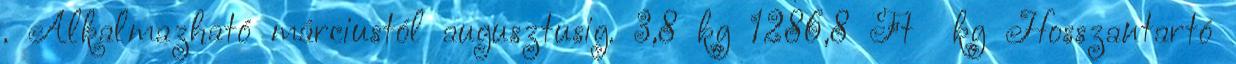
. Alkalmazható márciustól augusztusig. 3,8 kg 1286,8 Ft kg Hosszantartó